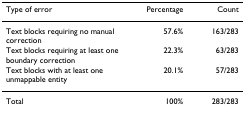
| Type of error | Percentage | Count |
 | --- | --- | --- |
 | Text blocks requiring no manual correction | 57.6% | 163/283 |
 | Text blocks requiring at least one boundary correction | 22.3% | 63/283 |
 | Text blocks with at least one unmappable entity | 20.1% | 57/283 |
 | Total | 100% | 283/283 |